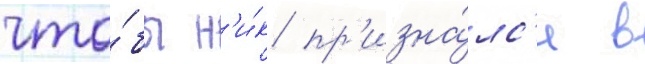
что́бы н'и́к пр'изна́лс'я в